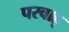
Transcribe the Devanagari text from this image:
परवाह्